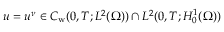
u = u ^ { \nu } \in C _ { \mathrm w } ( 0 , T ; L ^ { 2 } ( \Omega ) ) \cap L ^ { 2 } ( 0 , T ; H _ { 0 } ^ { 1 } ( \Omega ) )